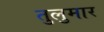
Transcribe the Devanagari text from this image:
तुलुमार